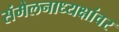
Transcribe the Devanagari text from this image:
संमेलनाध्यक्षांवर